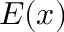
E ( x )